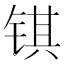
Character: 𫓹